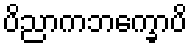
ပိညာကဘက္ခောပိ